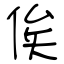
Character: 俟